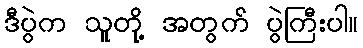
ဒီပွဲက သူတို့ အတွက် ပွဲကြီးပါ။